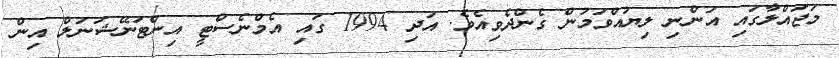
މަޖައްލާގައި އަންނި ލިޔުއްވަމުން ގެންދެވިއެވެ. އަދި 1994 ގައި އެމްނެސްޓީ އިންޓަނޭޝަނަލް އިން